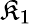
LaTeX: \mathfrak{K}_{1}